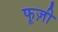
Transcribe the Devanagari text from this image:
फूज़ी